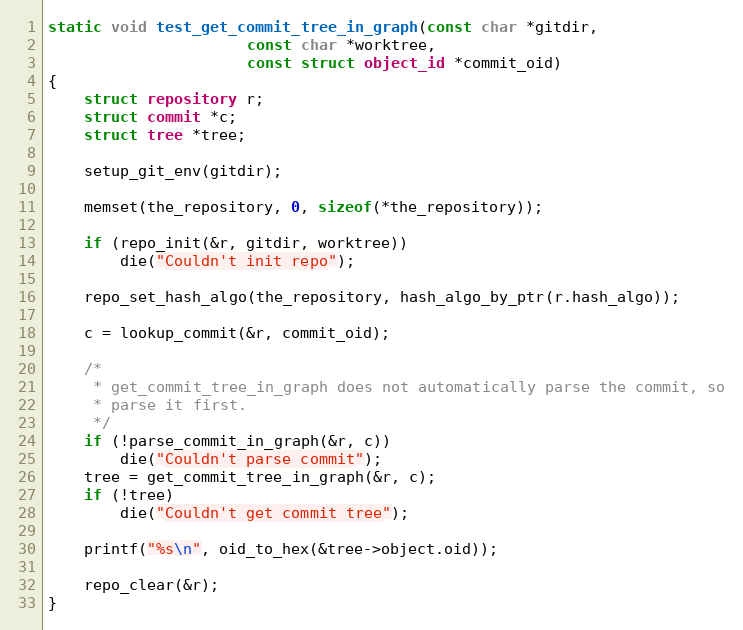
Language: C
static void test_get_commit_tree_in_graph(const char *gitdir,
					  const char *worktree,
					  const struct object_id *commit_oid)
{
	struct repository r;
	struct commit *c;
	struct tree *tree;

	setup_git_env(gitdir);

	memset(the_repository, 0, sizeof(*the_repository));

	if (repo_init(&r, gitdir, worktree))
		die("Couldn't init repo");

	repo_set_hash_algo(the_repository, hash_algo_by_ptr(r.hash_algo));

	c = lookup_commit(&r, commit_oid);

	/*
	 * get_commit_tree_in_graph does not automatically parse the commit, so
	 * parse it first.
	 */
	if (!parse_commit_in_graph(&r, c))
		die("Couldn't parse commit");
	tree = get_commit_tree_in_graph(&r, c);
	if (!tree)
		die("Couldn't get commit tree");

	printf("%s\n", oid_to_hex(&tree->object.oid));

	repo_clear(&r);
}